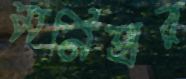
মনিহার